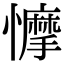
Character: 𢣾